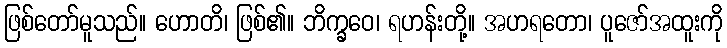
ဖြစ်တော်မူသည်။ ဟောတိ၊ ဖြစ်၏။ ဘိက္ခဝေ၊ ရဟန်းတို့။ အဟရတော၊ ပူဇော်အထူးကို